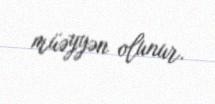
müəyyən olunur.